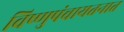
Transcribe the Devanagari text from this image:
विष्णुपंचायतनात